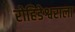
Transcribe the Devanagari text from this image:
रोहिडेश्वराला